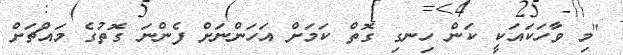
"މި ވާހަކައަކީ ކަން ހިނގި ގޮތް ކަމަށް އަހަންނަށް ފެންނަ ގޮތުގެ މައްޗަށް